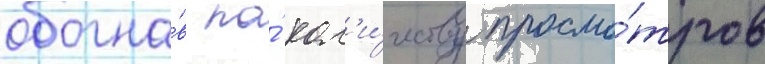
обогна́в по́ кол'и́честву просмо́тров